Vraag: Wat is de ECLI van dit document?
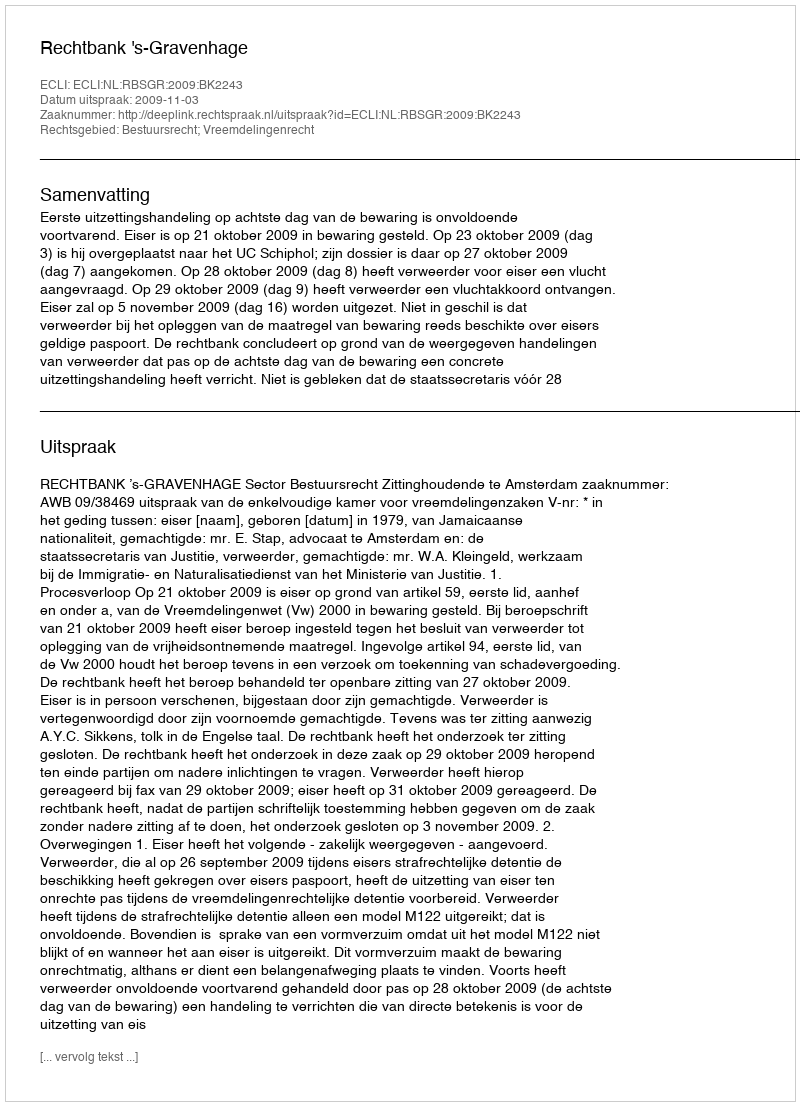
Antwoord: ECLI:NL:RBSGR:2009:BK2243